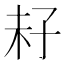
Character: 𡥒